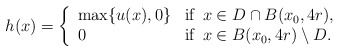
\begin{align*}h(x) = \left\{\begin{array}{ll}\max\{u(x),0\} & \textrm{if }\, x\in D\cap B(x_0,4r), \\0 & \textrm{if }\, x\in B(x_0,4r)\setminus D. \end{array}\right.\end{align*}